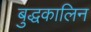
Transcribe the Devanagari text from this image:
बुद्धकालिन